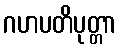
ဂဟပတိပုတ္တာ